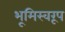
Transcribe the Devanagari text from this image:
भूमिस्वरूप